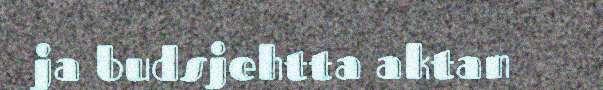
ja budsjehtta aktan